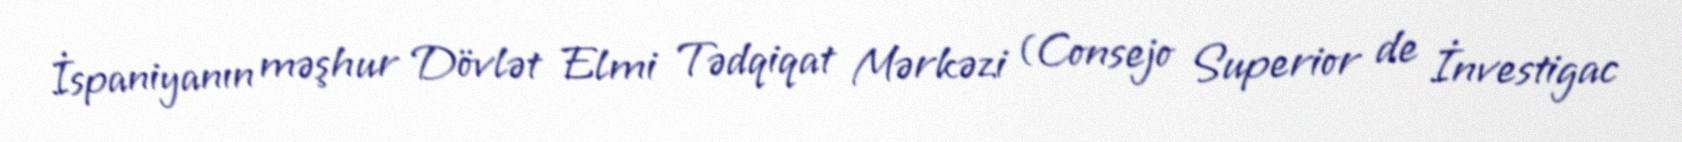
İspaniyanın məşhur Dövlət Elmi Tədqiqat Mərkəzi (Consejo Superior de İnvestigac